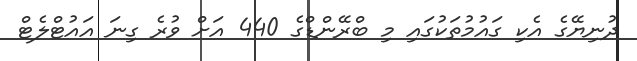
ދުނިޔޭގެ އެކި ގައުމުތަކުގައި މި ބްރޭންޑްގެ 440 އަށް ވުރެ ގިނަ އައުޓްލެޓް